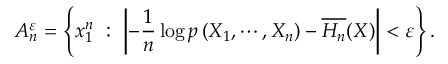
A _ { n } ^ { \varepsilon } = \left\{ x _ { 1 } ^ { n } \ : \ \left| - { \frac { 1 } { n } } \log p \left( X _ { 1 } , \cdots , X _ { n } \right) - { \overline { { H _ { n } } } } ( X ) \right| < \varepsilon \right\} .